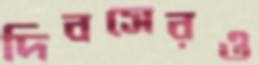
দিবসেরও